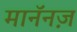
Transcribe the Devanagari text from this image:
मानॅनज़